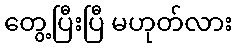
တွေ့ပြီးပြီ မဟုတ်လား